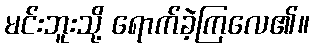
မင်းဘူးသို့ ရောက်ခဲ့ကြလေ၏။